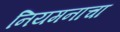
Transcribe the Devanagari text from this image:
नियमनाचा